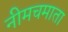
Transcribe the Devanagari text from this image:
नीमचमाता